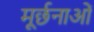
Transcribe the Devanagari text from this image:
मूर्छनाओं